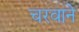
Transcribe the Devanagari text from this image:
चरवाने